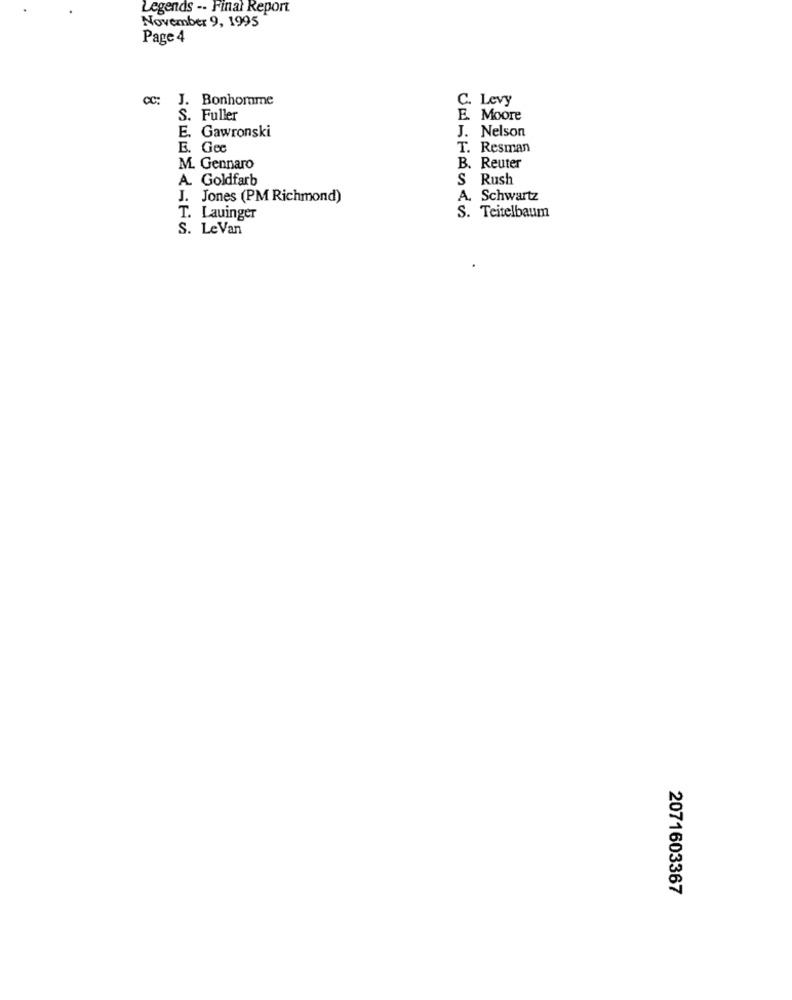
Legends -- Final Report
November 9, 1995
Page 4
CC:
J. Bonhomme
C. Levy
S. Fuller
E. Moore
J. Nelson
E. Gawronski
E. Gee
T. Resman
B. Reuter
M. Gennaro
A. Goldfarb
S Rush
J. Jones (PM Richmond)
A. Schwartz
T. Lauinger
S. Teitelbaum
S. LeVan
2071603367